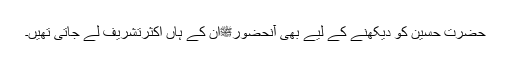
حضرت حسین کو دیکھنے کے لیے بھی آنحضورﷺان کے ہاں اکثرتشریف لے جاتی تھیں۔